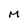
Character: M